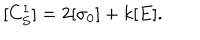
[ C _ { S } ^ { 1 } ] = 2 [ \sigma _ { 0 } ] + k [ E ] .